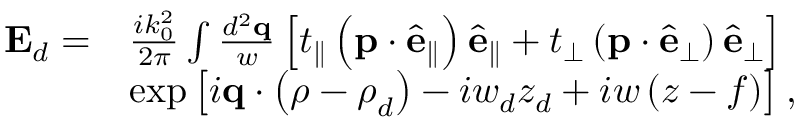
\begin{array} { r l } { \mathbf { E } _ { d } = } & { \frac { i k _ { 0 } ^ { 2 } } { 2 \pi } \int \frac { d ^ { 2 } \mathbf { q } } { w } \left[ t _ { \parallel } \left( \mathbf { p } \cdot \hat { \mathbf { e } } _ { \parallel } \right) \hat { \mathbf { e } } _ { \parallel } + t _ { \perp } \left( \mathbf { p } \cdot \hat { \mathbf { e } } _ { \perp } \right) \hat { \mathbf { e } } _ { \perp } \right] } \\ & { \exp \left[ i \mathbf { q } \cdot \left( \boldsymbol { \rho } - \boldsymbol { \rho } _ { d } \right) - i w _ { d } z _ { d } + i w \left( z - f \right) \right] , } \end{array}